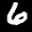
Label: 6